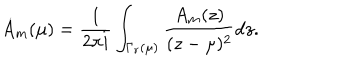
\dot { A } _ { m } ( \mu ) = { \frac { 1 } { 2 \pi i } } \int _ { \Gamma _ { r } ( \mu ) } { \frac { A _ { m } ( z ) } { ( z - \mu ) ^ { 2 } } } d z .